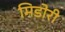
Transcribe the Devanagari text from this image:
मिडोरी